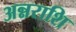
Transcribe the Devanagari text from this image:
अन्नराशि